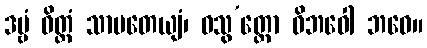
ဒဗ္ဗံ ဝိတ္တံ သာပတေယျံ၊ ဝသွ’တ္ထော ဝိဘဝေါ ဘဝေ။